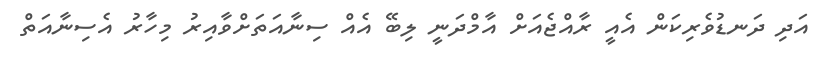
އަދި ދަނޑުވެރިކަން އެއީ ރާއްޖެއަށް އާމްދަނީ ލިބޭ އެއް ސިނާއަތަށްވާއިރު މިހާރު އެސިނާއަތް